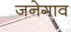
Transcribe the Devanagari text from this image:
जनेगाव